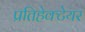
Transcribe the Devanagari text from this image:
प्रतिहेक्टेयर